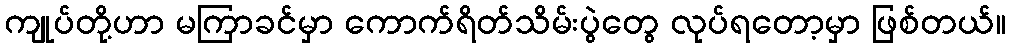
ကျုပ်တို့ဟာ မကြာခင်မှာ ကောက်ရိတ်သိမ်းပွဲတွေ လုပ်ရတော့မှာ ဖြစ်တယ်။